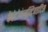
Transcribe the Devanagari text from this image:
केरेटोकंजक्टिवाइटिस